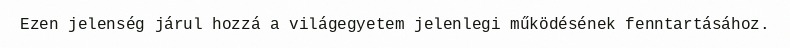
Ezen jelenség járul hozzá a világegyetem jelenlegi működésének fenntartásához.